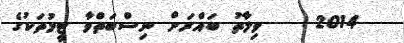
2014    ވިލާތު ބައްރަށް ނިސްބަތްވާ ޓީމުތަކުގެ